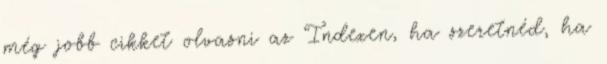
még jobb cikket olvasni az Indexen, ha szeretnéd, ha